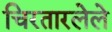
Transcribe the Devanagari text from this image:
चिरतारलेले